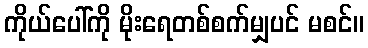
ကိုယ်ပေါ်ကို မိုးရေတစ်စက်မျှပင် မစင်။